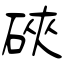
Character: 硤